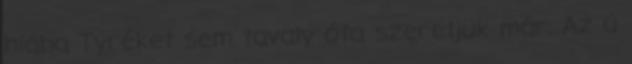
hiába Tyréket sem tavaly óta szeretjük már. Az ú